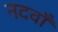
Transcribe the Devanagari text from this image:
नदवाँ